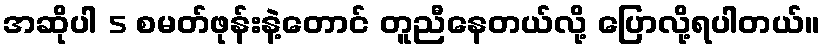
အဆိုပါ 5 စမတ်ဖုန်းနဲ့တောင် တူညီနေတယ်လို့ ပြောလို့ရပါတယ်။